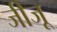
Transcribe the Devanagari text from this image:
जीजू